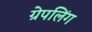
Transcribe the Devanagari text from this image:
ग्रेपलिंग